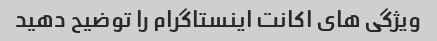
ویژگی های اکانت اینستاگرام را توضیح دهید